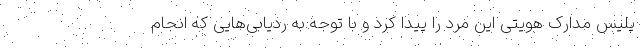
پلیس مدارک هویتی این مرد را پیدا کرد و با توجه به ردیابی‌هایی که انجام